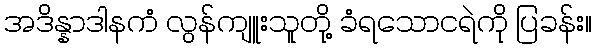
အဒိန္နာဒါနကံ လွန်ကျူးသူတို့ ခံရသောငရဲကို ပြခန်း။